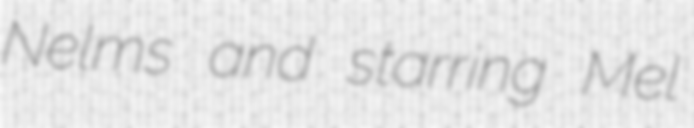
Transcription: Nelms and starring Mel